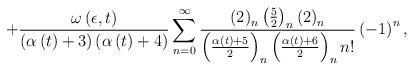
LaTeX: \begin{align*}+\frac{\omega \left( \epsilon ,t\right) }{\left( \alpha\left(t\right) +3\right) \left( \alpha \left( t\right) +4\right)}\sum_{n=0}^{\infty }\frac{\left( 2\right) _n\left( \frac52\right)_n\left( 2\right) _n}{\left( \frac{\alpha \left( t\right) +5}2\right)_n\left( \frac{\alpha \left( t\right) +6}2\right) _nn!}\left(-1\right) ^n,\end{align*}